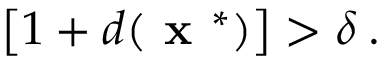
\left[ 1 + d ( \textbf { x } ^ { * } ) \right] > \delta \: .